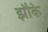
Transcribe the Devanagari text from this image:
झौके